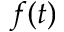
f ( t )